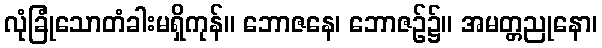
လုံခြုံသောတံခါးမရှိကုန်။ ဘောဇနေ၊ ဘောဇဉ်၌။ အမတ္တညုနော၊